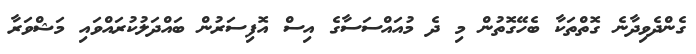
ގެންދެވިދާނެ ގޮތްތަކާ ބެހޭގޮތުން މި ދެ މުއައްސަސާގެ އިސް އޮފިސަރުން ބައްދަލުކުރައްވައި މަޝްވަރާ